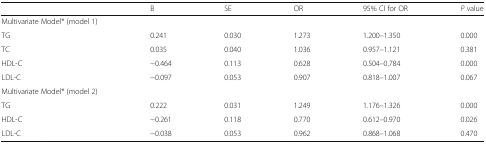
<table><thead><tr><td></td><td><b>B</b></td><td><b>SE</b></td><td><b>OR</b></td><td><b>95% CI for OR</b></td><td><b><i>P</i> value</b></td></tr></thead><tbody><tr><td>Multivariate Model* (model 1)</td><td></td><td></td><td></td><td></td><td></td></tr><tr><td>TG</td><td>0.241</td><td>0.030</td><td>1.273</td><td>1.200–1.350</td><td>0.000</td></tr><tr><td>TC</td><td>0.035</td><td>0.040</td><td>1.036</td><td>0.957–1.121</td><td>0.381</td></tr><tr><td>HDL-C</td><td>−0.464</td><td>0.113</td><td>0.628</td><td>0.504–0.784</td><td>0.000</td></tr><tr><td>LDL-C</td><td>−0.097</td><td>0.053</td><td>0.907</td><td>0.818–1.007</td><td>0.067</td></tr><tr><td>Multivariate Model* (model 2)</td><td></td><td></td><td></td><td></td><td></td></tr><tr><td>TG</td><td>0.222</td><td>0.031</td><td>1.249</td><td>1.176–1.326</td><td>0.000</td></tr><tr><td>HDL-C</td><td>−0.261</td><td>0.118</td><td>0.770</td><td>0.612–0.970</td><td>0.026</td></tr><tr><td>LDL-C</td><td>−0.038</td><td>0.053</td><td>0.962</td><td>0.868–1.068</td><td>0.470</td></tr></tbody></table>